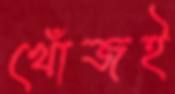
খোঁজই